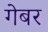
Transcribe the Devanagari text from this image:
गेबर